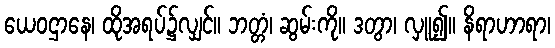
ယေဝဌာနေ၊ ထိုအရပ်၌လျှင်။ ဘတ္တံ၊ ဆွမ်းကို။ ဒတွာ၊ လှူ၍။ နိရာဟာရာ၊